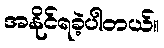
အနိုင်ရခဲ့ပါတယ်။